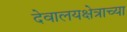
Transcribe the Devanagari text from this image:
देवालयक्षेत्राच्या